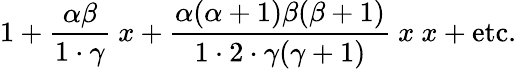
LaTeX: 1+{\frac{\alpha\beta}{1\cdot\gamma}}~x+{\frac{\alpha(\alpha+1)\beta(\beta+1)}{1\cdot 2\cdot\gamma(\gamma+1)}}~x~x+{\mathrm{etc.}}